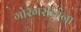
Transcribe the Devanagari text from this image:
गोरगरीबांना